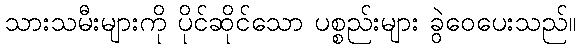
သားသမီးများကို ပိုင်ဆိုင်သော ပစ္စည်းများ ခွဲဝေပေးသည်။